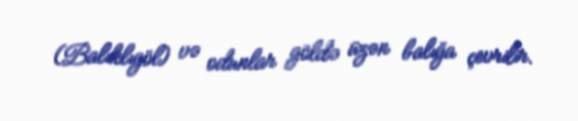
(Balıklıgöl) və odunlar göldə üzən balığa çevrilir.